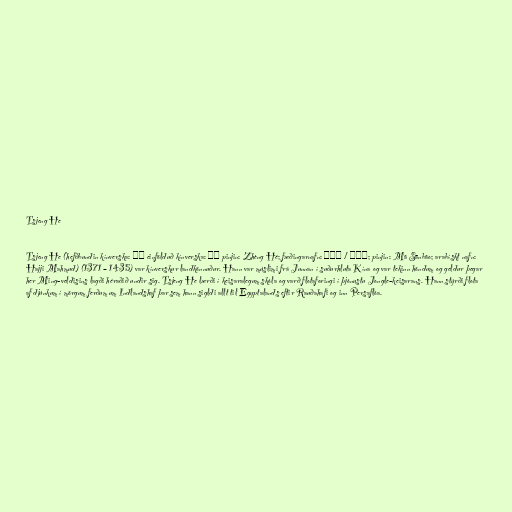
Tsjeng He

Tsjeng He (hefðbundin kínverska: 鄭和 einfölduð kínverska: 郑和 pinjin: Zhèng Hé; fæðingarnafn: 馬三寶 / 马三宝; pinjin: Mǎ Sānbǎo; arabískt nafn:
Hajji Mahmud) (1371 – 1435) var kínverskur landkönnuður. Hann var múslimi frá Junnan í suðurhluta Kína og var tekinn höndum og geldur þegar
her Ming-veldisins lagði héraðið undir sig. Tsjeng He lærði í keisaralegum skóla og varð flotaforingi í þjónustu Jongle-keisarans. Hann stýrði flota
af djúnkum í mörgum ferðum um Indlandshaf þar sem hann sigldi allt til Egyptalands eftir Rauðahafi og inn Persaflóa.